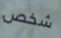
شخص